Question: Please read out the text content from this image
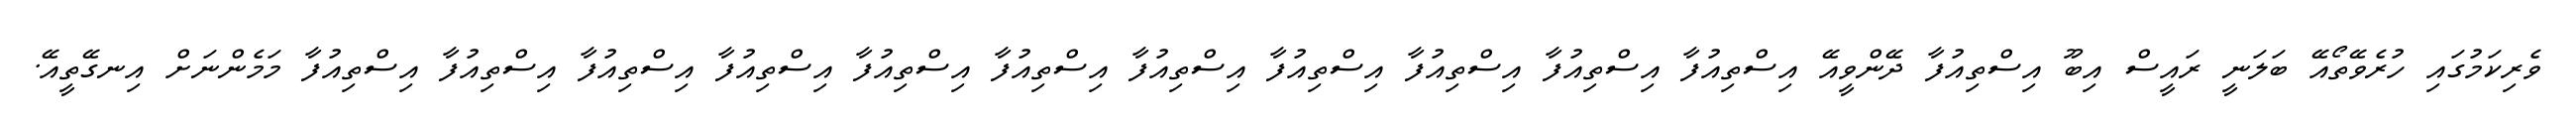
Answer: ވެރިކަމުގައި ހުރެވޭތޯއޭ ބަލަނީ ރައީސް އިބޫ އިސްތިއުފާ ދޭންވީއޭ އިސްތިއުފާ އިސްތިއުފާ އިސްތިއުފާ އިސްތިއުފާ އިސްތިއުފާ އިސްތިއުފާ އިސްތިއުފާ އިސްތިއުފާ އިސްތިއުފާ އިސްތިއުފާ އިސްތިއުފާ މަމެންނަށް އިނގޭތީއޭ.